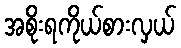
အစိုးရကိုယ်စားလှယ်